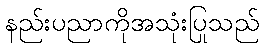
နည်းပညာကိုအသုံးပြုသည်